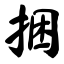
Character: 捆